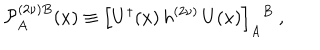
{ \cal P } _ { A } ^ { ( 2 \nu ) B } ( x ) \equiv \left[ U ^ { \dagger } ( x ) \, h ^ { ( 2 \nu ) } \, U ( x ) \right] _ { A } { } ^ { B } ~ ,